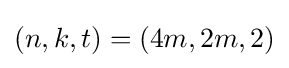
(n,k,t)=(4m,2m,2)